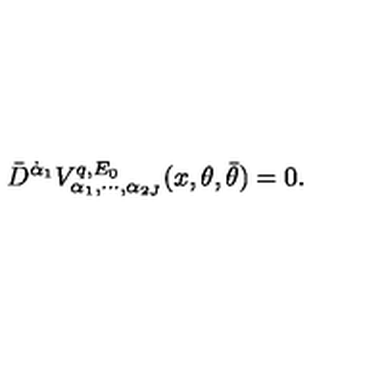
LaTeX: \bar { D } ^ { \dot { \alpha } _ { 1 } } V _ { \alpha _ { 1 } , \cdots , \alpha _ { 2 J } } ^ { q , E _ { 0 } } ( x , \theta , \bar { \theta } ) = 0 .